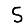
Digit: 5